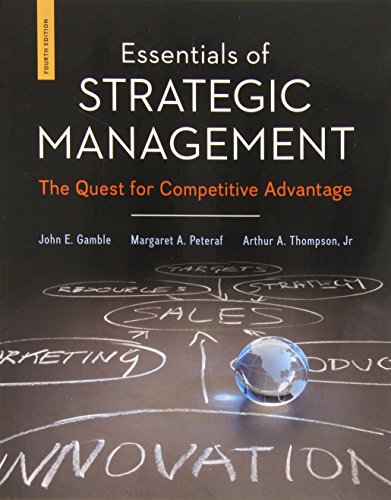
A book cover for Essentials of Strategic Management: The Quest for Competitive Advantage; John Gamble; Business & Money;